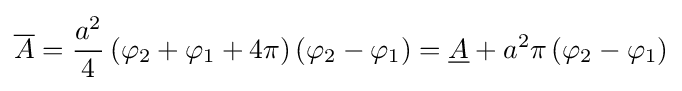
{\overline {A}}={\frac {a^{2}}{4}}\left(\varphi _{2}+\varphi _{1}+4\pi \right)\left(\varphi _{2}-\varphi _{1}\right)={\underline {A}}+a^{2}\pi \left(\varphi _{2}-\varphi _{1}\right)